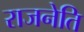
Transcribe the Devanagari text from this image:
राजनेति